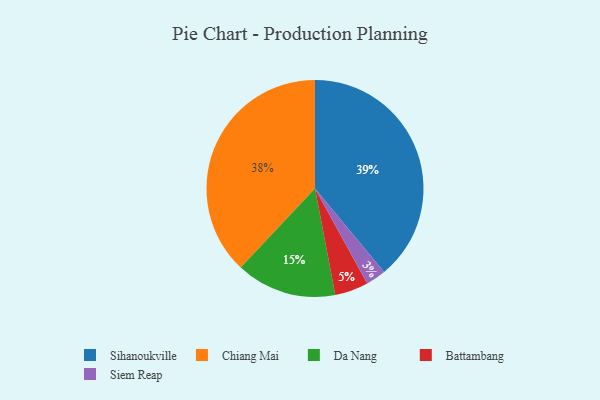
{"axis": {"x": "Category", "y": "Percentage"}, "legend": ["Battambang", "Chiang Mai", "Da Nang", "Siem Reap", "Sihanoukville"], "data": [{"x": "Da Nang", "y": 15, "type": "Da Nang"}, {"x": "Sihanoukville", "y": 39, "type": "Sihanoukville"}, {"x": "Siem Reap", "y": 3, "type": "Siem Reap"}, {"x": "Battambang", "y": 5, "type": "Battambang"}, {"x": "Chiang Mai", "y": 38, "type": "Chiang Mai"}]}